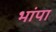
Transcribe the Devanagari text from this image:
भांपा